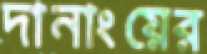
দানাংয়ের